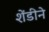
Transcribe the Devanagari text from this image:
शेंडीने